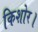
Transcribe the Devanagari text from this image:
किशोर।